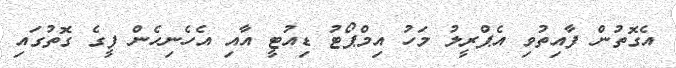
އެގޮތުން ފާއިތުވި އެޕްރީލު މަހު އިމްޕޯޓު ޑިއުޓީ އާއި އެހެނިހެން ފީގެ ގޮތުގައި